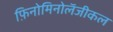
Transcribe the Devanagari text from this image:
फ़िनोमिनोलॅजीकल